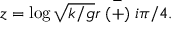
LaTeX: z = \log \sqrt { k / g } r \stackrel { - } { ( + ) } i \pi / 4 .